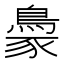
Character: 𬷓